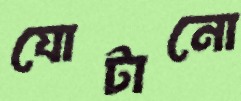
যোটানো